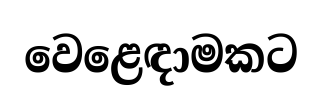
වෙළෙඳාමකට